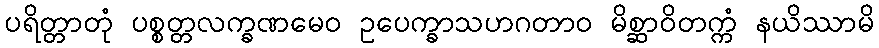
ပရိတ္တာတုံ ပစ္စတ္တလက္ခဏမေဝ ဥပေက္ခာသဟဂတာဝ မိစ္ဆာဝိတက္ကံ နယိဿာမိ